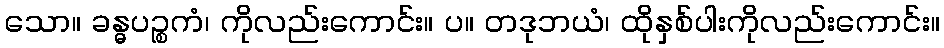
သော။ ခန္ဓပဉ္စကံ၊ ကိုလည်းကောင်း။ ပ။ တဒုဘယံ၊ ထိုနှစ်ပါးကိုလည်းကောင်း။